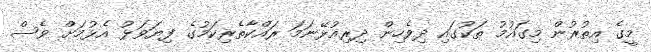
މީގެ އިތުރުން މިގައުމު ތަކުގައި ދިވެހިން ދިރިއުޅޭނަމަ ރައްކާތެރިކަމުގެ ފިޔަވަޅު އެޅުމަށް ވެސް